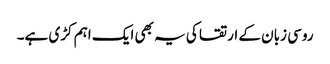
روسی زبان کے ارتقا کی یہ بھی ایک اہم کڑی ہے۔